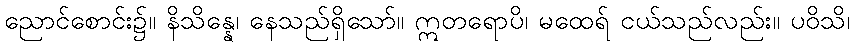
ညောင်စောင်း၌။ နိသိန္နေ၊ နေသည်ရှိသော်။ ဣတရောပိ၊ မထေရ် ငယ်သည်လည်း။ ပဝိသိ၊